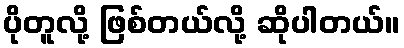
ပိုတူလို့ ဖြစ်တယ်လို့ ဆိုပါတယ်။